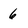
Character: 6